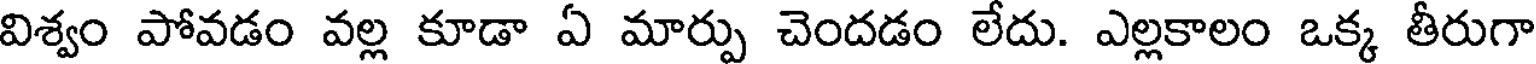
విశ్వం పోవడం వల్ల కూడా ఏ మార్పు చెందడం లేదు. ఎల్లకాలం ఒక్క తీరుగా